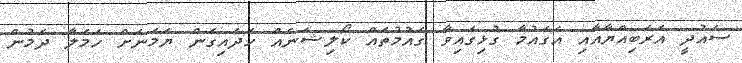
ސައުދީ އަރަބިއްޔާއާއި އެގައުމާ ގުޅިގައިވާ ގައުމުތައް ކޯލިޝަނެއް ހަދައިގެން ޔަމަނަށް ހަމަލާ ދެމުން